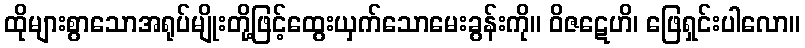
ထိုများစွာသောအရုပ်မျိုးတို့ဖြင့်ထွေးယှက်သောမေးခွန်းကို။ ဝိဇဋေဟိ၊ ဖြေရှင်းပါလော။